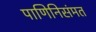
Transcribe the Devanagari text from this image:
पाणिनिसंमत